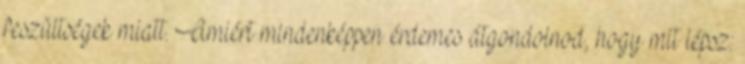
feszültségek miatt. Amiért mindenképpen érdemes átgondolnod, hogy mit lépsz: